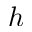
h